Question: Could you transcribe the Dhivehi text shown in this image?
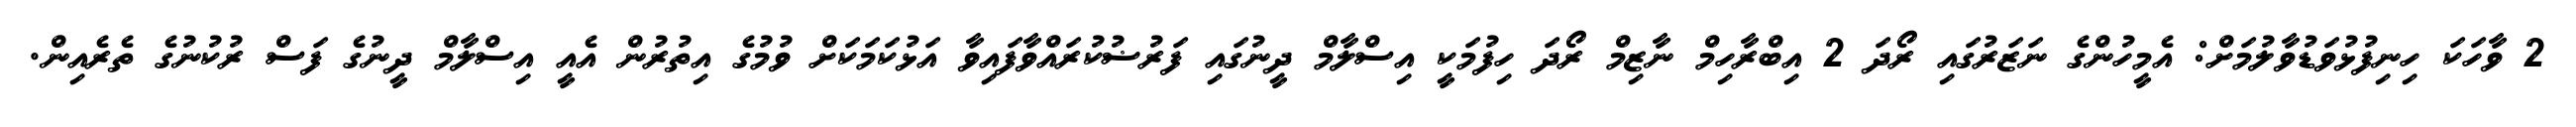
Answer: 2 ވާހަކަ ހިނިފުޅުވަޑުވާލުމަށް: އެމީހުންގެ ނަޒަރުގައި ރޯދަ 2 އިބްރާހިމް ނާޒިމް ރޯދަ ހިފުމަކީ އިސްލާމް ދީނުގައި ފަރުޟުކުރައްވާފައިވާ އަޅުކަމަކަށް ވުމުގެ އިތުރުން އެއީ އިސްލާމް ދީނުގެ ފަސް ރުކުނުގެ ތެރެއިން.